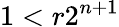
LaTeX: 1<r2^{n+1}